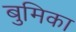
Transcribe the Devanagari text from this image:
बुमिका